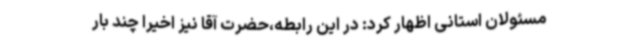
مسئولان استانی اظهار کرد: در این رابطه،حضرت آقا نیز اخیرا چند بار